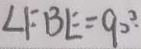
\angle F B E = 9 0 ^ { \circ } .